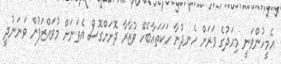
އެމީހުންވަނީ މިއަދުގެ ވަރަށް ހެނދުނާ ހަކަތައާބެހޭ ވުޒާރާ ދޮށަށްގޮސް އެތަނަށް މުވައްޒަފުން ވަނަނުދީ